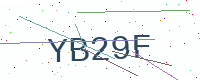
Text: YB29F